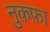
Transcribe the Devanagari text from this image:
नु़क़फ़ा